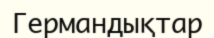
Германдықтар